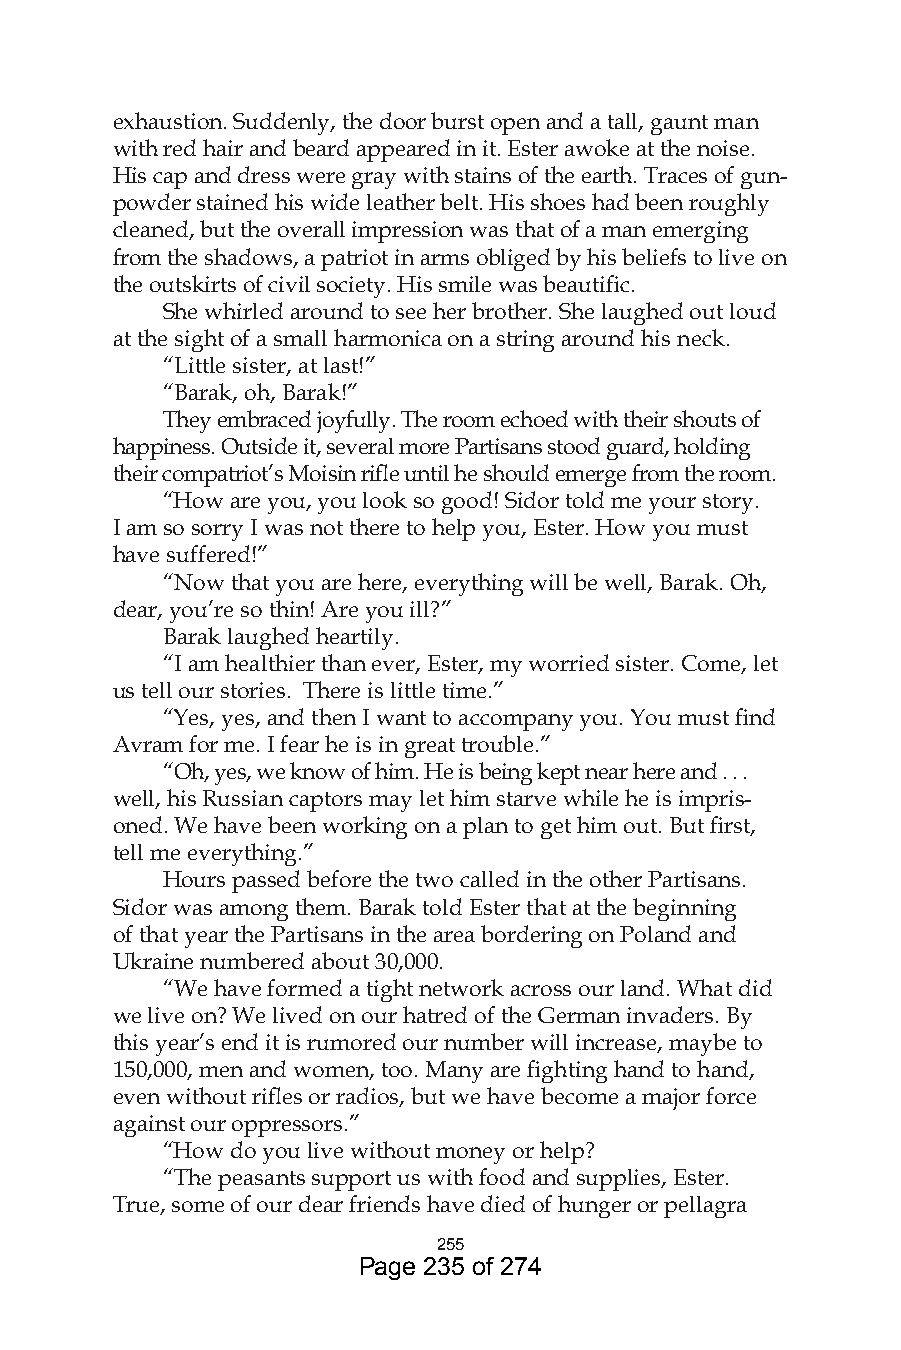
exhaustion. Suddenly, the door burst open and a tall, gaunt man
 with red hair and beard appeared in it. Ester awoke at the noise.
 His cap and dress were gray with stains of the earth. Traces of gun-
 powder stained his wide leather belt. His shoes had been roughly
 cleaned, but the overall impression was that of a man emerging
 from the shadows, a patriot in arms obliged by his beliefs to live on
 the outskirts of civil society. His smile was beautific.
 She whirled around to see her brother. She laughed out loud
 at the sight of a small harmonica on a string around his neck.
 “Little sister, at last!”
 “Barak, oh, Barak!”
 They embraced joyfully. The room echoed with their shouts of
 happiness. Outside it, several more Partisans stood guard, holding
 their compatriot’s Moisin rifle until he should emerge from the room.
 “How are you, you look so good! Sidor told me your story.
 I am so sorry I was not there to help you, Ester. How you must
 have suffered!”
 “Now that you are here, everything will be well, Barak. Oh,
 dear, you’re so thin! Are you ill?”
 Barak laughed heartily.
 “I am healthier than ever, Ester, my worried sister. Come, let
 us tell our stories. There is little time.”
 “Yes, yes, and then I want to accompany you. You must find
 Avram for me. I fear he is in great trouble.”
 “Oh, yes, we know of him. He is being kept near here and . . .
 well, his Russian captors may let him starve while he is impris-
 oned. We have been working on a plan to get him out. But first,
 tell me everything.”
 Hours passed before the two called in the other Partisans.
 Sidor was among them. Barak told Ester that at the beginning
 of that year the Partisans in the area bordering on Poland and
 Ukraine numbered about 30,000.
 “We have formed a tight network across our land. What did
 we live on? We lived on our hatred of the German invaders. By
 this year’s end it is rumored our number will increase, maybe to
 150,000, men and women, too. Many are fighting hand to hand,
 even without rifles or radios, but we have become a major force
 against our oppressors.”
 “How do you live without money or help?
 “The peasants support us with food and supplies, Ester.
 True, some of our dear friends have died of hunger or pellagra
 55
 Page 235 of 274